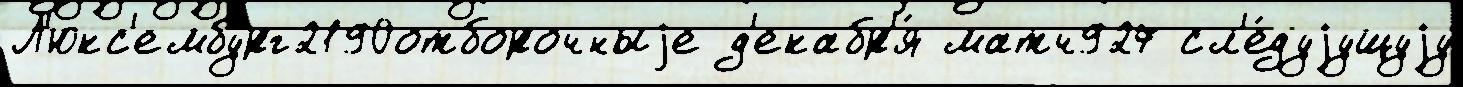
Л'юкс'ембург2190отборочныjе д'екабр'я́ матч927 сл'е́дуjущуjу